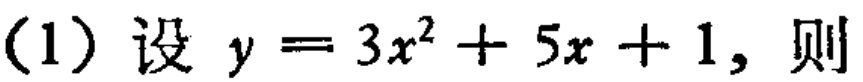
(1) 设 \(y = 3x^{2}+5x + 1\)，则